Civil Veterinary Dept. North-West Frontier Province 1933-46 - 1933-1946
Year: 1933
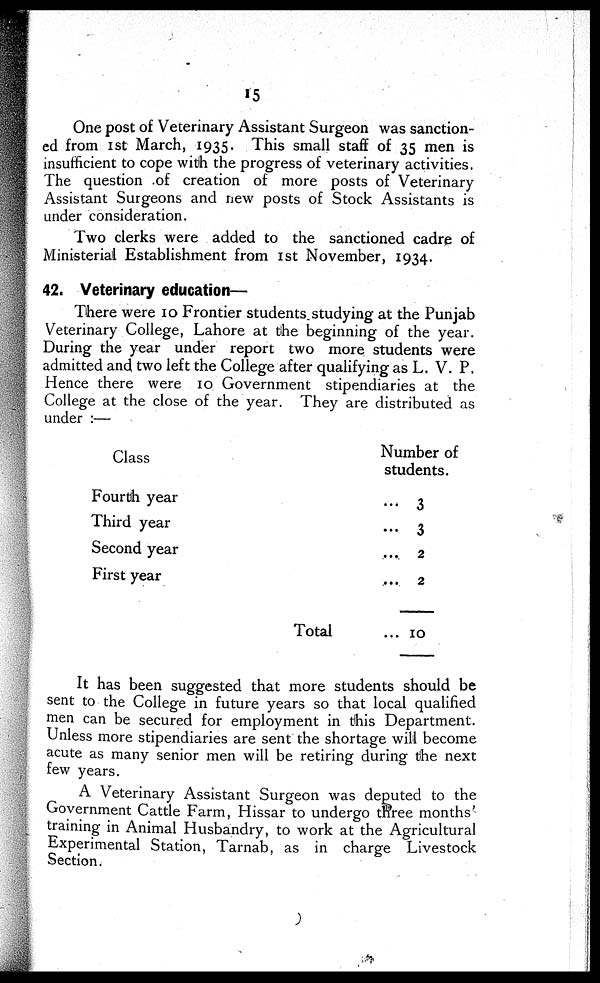
15
One post of Veterinary Assistant Surgeon was sanction-
ed from 1st March, 1935. This small staff of 35 men is
insufficient to cope with the progress of veterinary activities.
The question of creation of more posts of Veterinary
Assistant Surgeons and new posts of Stock Assistants is
under consideration.
Two clerks were added to the sanctioned cadre of
Ministerial Establishment from 1st November, 1934.
42. Veterinary education—
There were 10 Frontier students studying at the Punjab
Veterinary College, Lahore at the beginning of the year.
During the year under report two more students were
admitted and two left the College after qualifying as L. V. P.
Hence there were 10 Government stipendiaries at the
College at the close of the year. They are distributed as
under :—
Class
Fourth year
Third year
Second year
First year
Total
Number of
students.
... 3
... 3
...
2
...
2
... 10
It has been suggested that more students should be
sent to the College in future years so that local qualified
men can be secured for employment in this Department.
Unless more stipendiaries are sent the shortage will become
acute as many senior men will be retiring during the next
few years.
A Veterinary Assistant Surgeon was deputed to the
Government Cattle Farm, Hissar to undergo three months'
training in Animal Husbandry, to work at the Agricultural
Experimental Station, Tarnab, as in charge Livestock
Section.